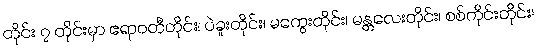
တိုင်း ၇ တိုင်းမှာ ဧရာဝတီတိုင်း၊ ပဲခူးတိုင်း၊ မကွေးတိုင်း၊ မန္တလေးတိုင်း၊ စစ်ကိုင်းတိုင်း၊